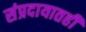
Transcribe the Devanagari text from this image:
संप्रदायातही